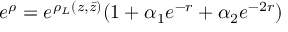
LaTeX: e ^ { \rho } = e ^ { \rho _ { L } ( z , \bar { z } ) } ( 1 + \alpha _ { 1 } e ^ { - r } + \alpha _ { 2 } e ^ { - 2 r } )